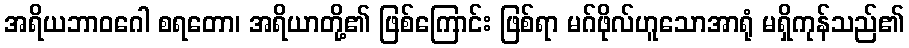
အရိယဘာဝဂေါ စရတော၊ အရိယာတို့၏ ဖြစ်ကြောင်း ဖြစ်ရာ မဂ်ဖိုလ်ဟူသောအာရုံ မရှိကုန်သည်၏